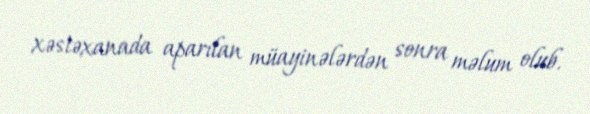
xəstəxanada aparılan müayinələrdən sonra məlum olub.